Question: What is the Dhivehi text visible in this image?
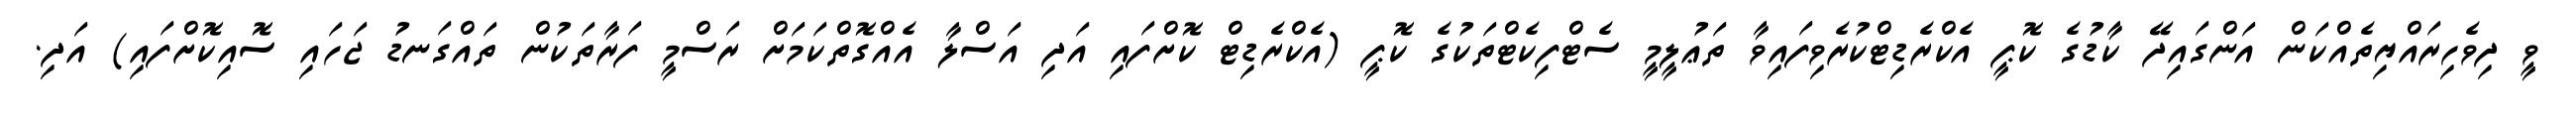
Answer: ވީ ދިވެހިރައްޔިތެއްކަން އަންގައިދޭ ކާޑުގެ ކޮޕީ އެކްރެޑިޓްކުރެވިފައިވާ ތަޢުލީމީ ސެޓްފިކެޓްތަކުގެ ކޮޕީ (އެކްރެޑިޓް ކޮށްފައި އަދި އަސްލާ އެއްގޮތްކަމަށް ރަސްމީ ފަރާތަކުން ތައްގަނޑު ޖަހައި ސޮއިކޮށްފައި) އަދި.